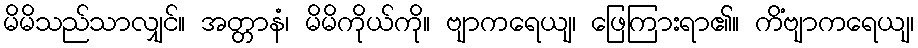
မိမိသည်သာလျှင်။ အတ္တာနံ၊ မိမိကိုယ်ကို။ ဗျာကရေယျ၊ ဖြေကြားရာ၏။ ကိံဗျာကရေယျ၊